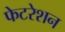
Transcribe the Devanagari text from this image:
फेटरेशन